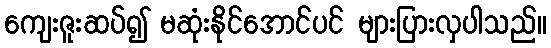
ကျေးဇူးဆပ်၍ မဆုံးနိုင်အောင်ပင် များပြားလှပါသည်။